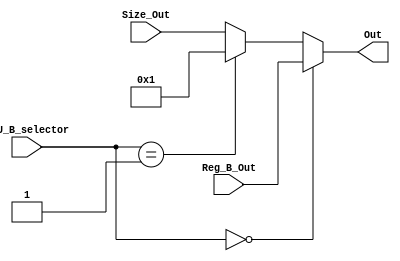
`timescale 1ns / 1ps

module ALU_B_Mux(ALU_B_selector,Reg_B_Out,Size_Out,Out);

input [31:0] Reg_B_Out,Size_Out;
input [1:0] ALU_B_selector;
output reg [31:0] Out;

always @ (*)
begin
    if(ALU_B_selector == 0)
        Out <= Reg_B_Out;
		  
    else if(ALU_B_selector == 1)
        Out <= 1;

    else
        Out <= Size_Out;
end
endmodule